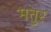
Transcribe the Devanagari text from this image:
मत्तुर